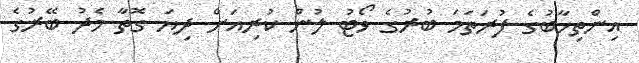
އިންތިޚާބުގެ ފުރަތަމަ ބުރުގެ ވޯޓު ލުން ކުރިއަށް ދިޔަ ގޮތާ މެދު ބޭރުގެ